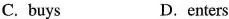
C. buys D. enters